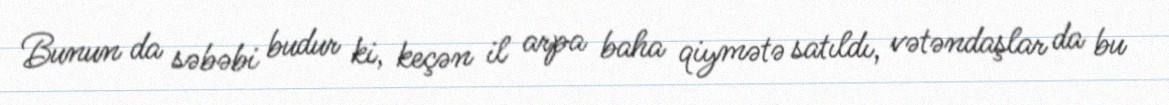
Bunun da səbəbi budur ki, keçən il arpa baha qiymətə satıldı, vətəndaşlar da bu